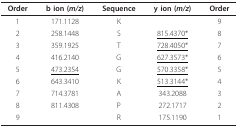
<table><thead><tr><td><b>Order</b></td><td><b>b ion (<i>m/z</i>)</b></td><td><b>Sequence</b></td><td><b>y ion (<i>m/z</i>)</b></td><td><b>Order</b></td></tr></thead><tbody><tr><td>1</td><td>171.1128</td><td>K</td><td></td><td>9</td></tr><tr><td>2</td><td>258.1448</td><td>S</td><td><underline>815.4370*</underline></td><td>8</td></tr><tr><td>3</td><td>359.1925</td><td>T</td><td><underline>728.4050*</underline></td><td>7</td></tr><tr><td>4</td><td>416.2140</td><td>G</td><td><underline>627.3573*</underline></td><td>6</td></tr><tr><td>5</td><td><underline>473.2354</underline></td><td>G</td><td><underline>570.3358*</underline></td><td>5</td></tr><tr><td>6</td><td>643.3410</td><td>K</td><td><underline>513.3144*</underline></td><td>4</td></tr><tr><td>7</td><td>714.3781</td><td>A</td><td>343.2088</td><td>3</td></tr><tr><td>8</td><td>811.4308</td><td>P</td><td>272.1717</td><td>2</td></tr><tr><td>9</td><td></td><td>R</td><td>175.1190</td><td>1</td></tr></tbody></table>